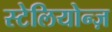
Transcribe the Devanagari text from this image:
स्टेलियोन्ज़